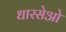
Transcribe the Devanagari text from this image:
धारसेओ